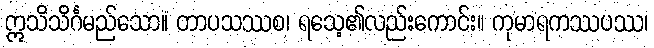
ဣသိသိင်္ဂမည်သော။ တာပသဿစ၊ ရသေ့၏လည်းကောင်း။ ကုမာရကဿပဿ၊